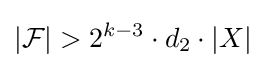
|{\mathcal {F}}|>2^{k-3}\cdot d_{2}\cdot |X|